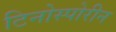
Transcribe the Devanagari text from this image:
टिनोस्पोरीन